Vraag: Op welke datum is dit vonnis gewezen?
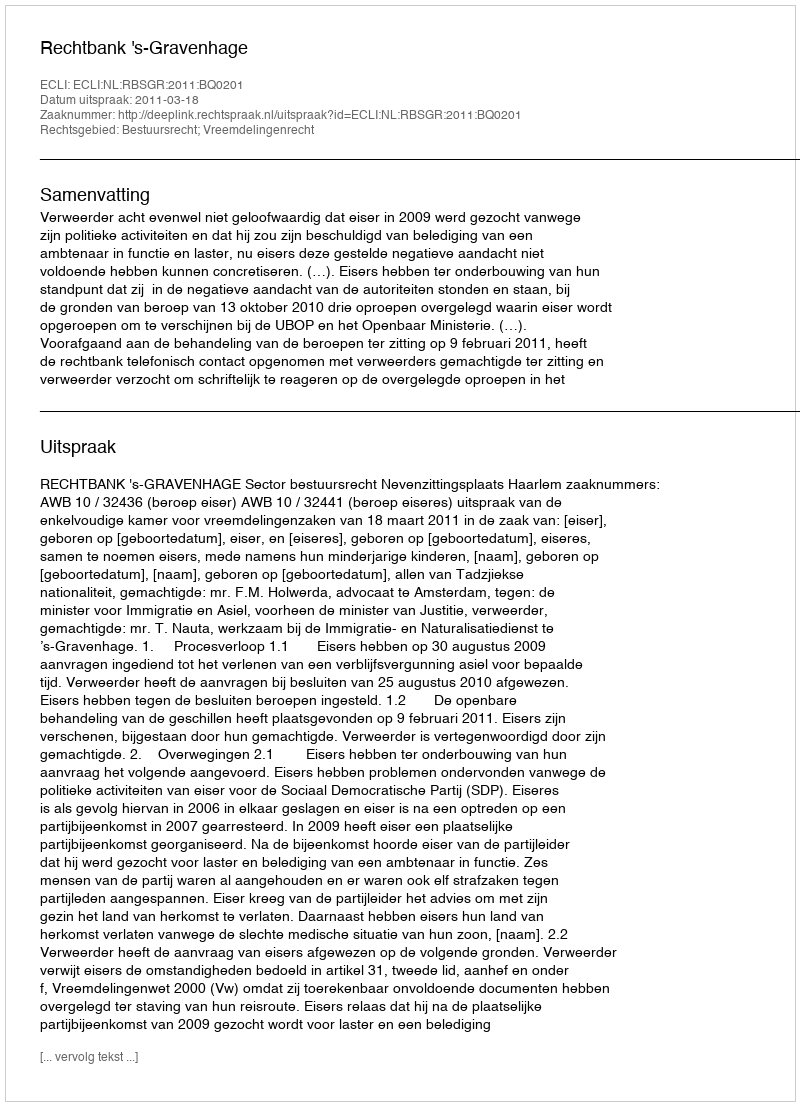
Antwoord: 2011-03-18